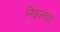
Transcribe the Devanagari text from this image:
निकलवाए